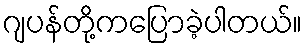
ဂျပန်တို့ကပြောခဲ့ပါတယ်။